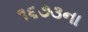
૧૬૭૩ના